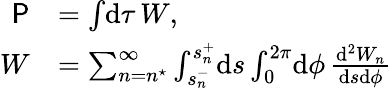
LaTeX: \begin{array}{rl}{\textsf{P}}&{=\int\! \mathrm{d}\tau\, W,}\\ {W}&{=\sum_{n=n^{\star}}^{\infty}\int_{s_{n}^{-}}^{s_{n}^{+}}\! \mathrm{d}s\int_{0}^{2\pi}\! \mathrm{d}\phi\, \frac{\mathrm{d}^{2}W_{n}}{\mathrm{d}s\mathrm{d}\phi}}\end{array}